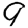
Digit: 9